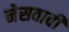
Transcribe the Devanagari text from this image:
नेसवावी